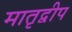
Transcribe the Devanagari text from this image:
मातृद्वीप